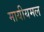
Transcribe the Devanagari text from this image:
मायीयमल